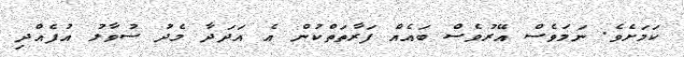
ކަމަށެވެ. ނަމަވެސް އޭރުވެސް ބައެއް ފަރާތަތްކުން އެ އަދަދާ މެދު ސުވާލު އުފެއްދި